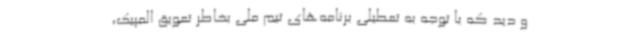
و دید که با توجه به تعطیلی برنامه‌های تیم ملی بخاطر تعویق المپیک،